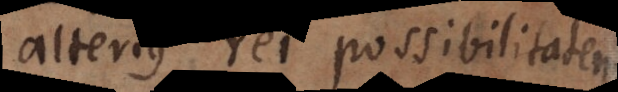
alterius rei possibilitatem